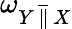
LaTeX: \omega_{Y\, {\overline{{\| }}}\, X}